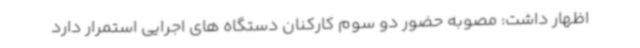
اظهار داشت: مصوبه حضور دو سوم کارکنان دستگاه های اجرایی استمرار دارد